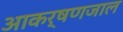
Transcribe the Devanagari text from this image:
आकर्षणजाल